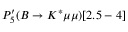
P _ { 5 } ^ { \prime } ( B \to K ^ { * } \mu \mu ) [ 2 . 5 - 4 ]